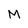
Character: M